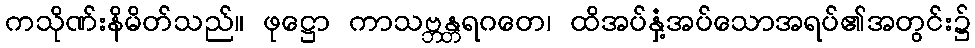
ကသိုဏ်းနိမိတ်သည်။ ဖုဋ္ဌော ကာသဗ္ဘန္တရဂတေ၊ ထိအပ်နှံ့အပ်သောအရပ်၏အတွင်း၌